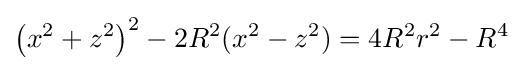
\left(x^{2}+z^{2}\right)^{2}-2R^{2}(x^{2}-z^{2})=4R^{2}r^{2}-R^{4}